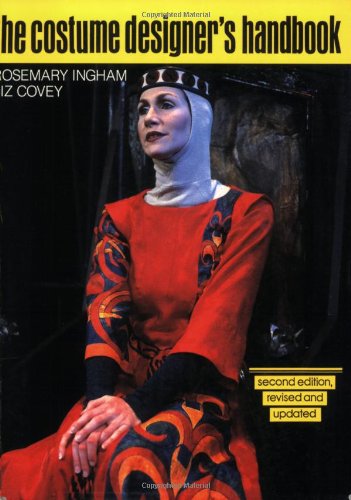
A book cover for Costume Designer's Handbook: A Complete Guide for Amateur and Professional Costume Designers; Rosemary Ingham; Arts & Photography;